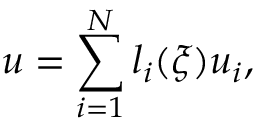
u = \sum _ { i = 1 } ^ { N } l _ { i } ( \boldsymbol { \xi } ) u _ { i } ,